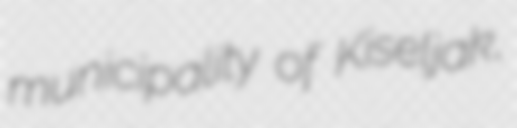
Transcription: municipality of Kiseljak,